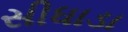
સીધાડા